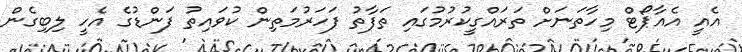
އެއީ އެއާޕޯޓް މިހާތަނަށް ތަރައްގީކުރުމުގައި ތަފާތު ފަހަރުމަތިން ކުވައިތު ފަންޑުގެ އެހީ ލިބިގެން